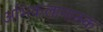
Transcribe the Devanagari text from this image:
अभिकलानात्म्क